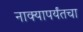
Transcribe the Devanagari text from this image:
नाक्‍यापर्यंतचा